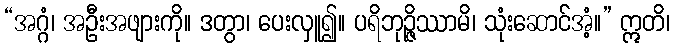
“အဂ္ဂံ၊ အဦးအဖျားကို။ ဒတွာ၊ ပေးလှူ၍။ ပရိဘုဉ္ဇိဿာမိ၊ သုံးဆောင်အံ့။” ဣတိ၊